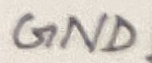
Text: GND